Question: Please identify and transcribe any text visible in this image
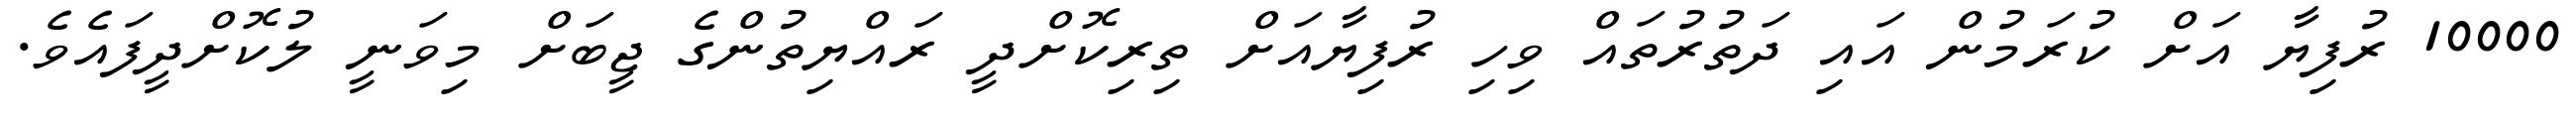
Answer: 10000 ރުފިޔާ އަށް ކުރަމުން އައި ދަތުރުތައް ވިހި ރުފިޔާއަށް ތިރިކޮށްދީ ރައްޔިތުންގެ ޖީބަށް މިވަނީ ލުކޮށްދީފައެވެ.